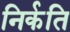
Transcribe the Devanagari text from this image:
निर्कति